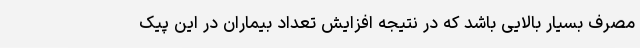
مصرف بسیار بالایی باشد که در نتیجه‌ افزایش تعداد بیماران در این پیک